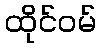
ထိုင်ဝမ်